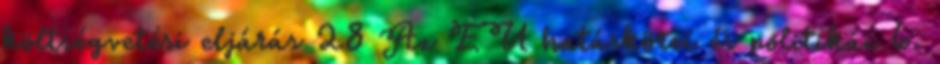
költségvetési eljárás 28 Az EU hatáskörei és politikái 6.